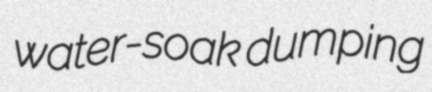
water-soak dumping